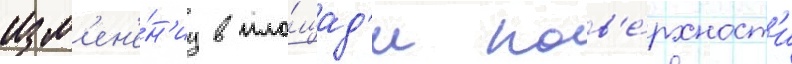
изм'ен'е́н'иу в пло́щад'и пов'е́рхност'и